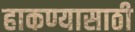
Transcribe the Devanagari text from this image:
हाकण्यासाठी